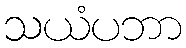
သယံပဘာ